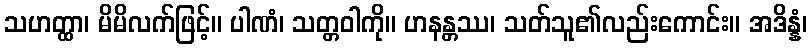
သဟတ္ထာ၊ မိမိလက်ဖြင့်။ ပါဏံ၊ သတ္တဝါကို။ ဟနန္တဿ၊ သတ်သူ၏လည်းကောင်း။ အဒိန္နံ၊